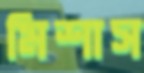
মিশাস